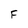
Character: F